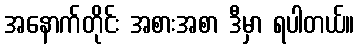
အနောက်တိုင်း အစားအစာ ဒီမှာ ရပါတယ်။